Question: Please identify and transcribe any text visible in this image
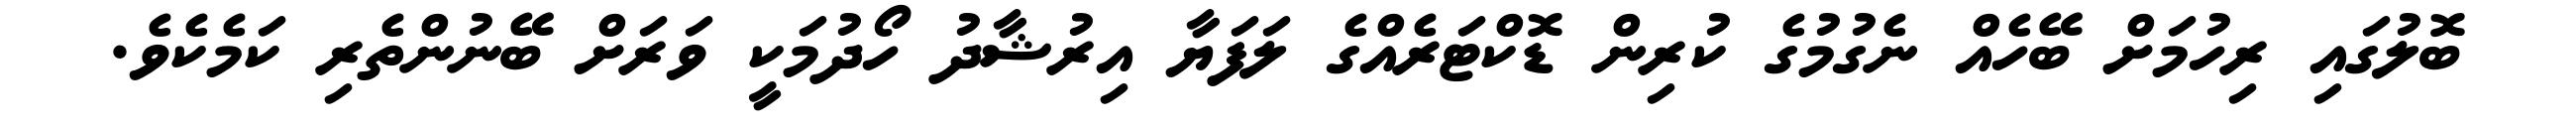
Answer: ބޮލުގައި ރިހުމަށް ބޭހެއް ނެގުމުގެ ކުރިން ޑޮކްޓަރެއްގެ ލަފަޔާ އިރުޝާދު ހޯދުމަކީ ވަރަށް ބޭނުންތެރި ކަމެކެވެ.